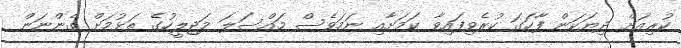
ކުރިއަށް ދިޔަކަން ފާހަގަ ކުރެވިފައިވާ ކަމަށާއި ނަމަވެސް މައްސަލަ މަޖިލީހުގެ ތަޅުމަށް ގެންނަން